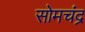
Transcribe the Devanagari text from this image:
सोमचंद्र